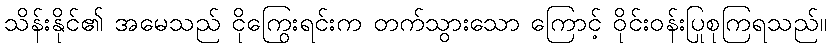
သိန်းနိုင်၏ အမေသည် ငိုကြွေးရင်းက တက်သွားသော ကြောင့် ဝိုင်းဝန်းပြုစုကြရသည်။